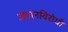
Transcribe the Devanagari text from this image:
जपानविरोधी